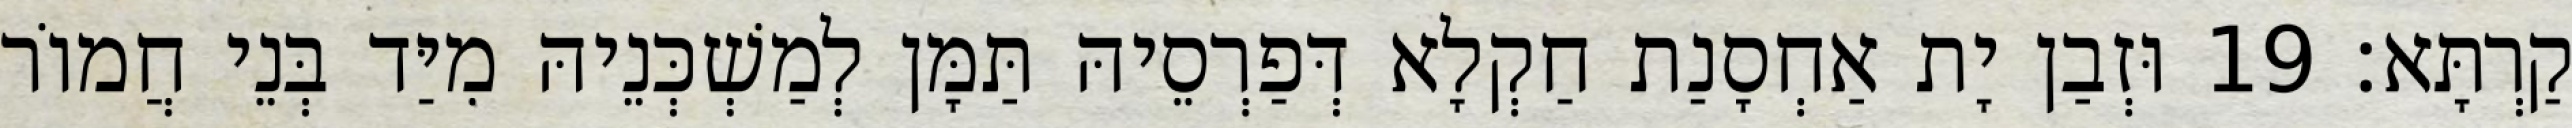
קַרְתָּא׃ 19 וּזְבַן יָת אַחְסָנַת חַקְלָא דְּפַרְסֵיהּ תַּמָּן לְמַשְׁכְּנֵיהּ מִיַּד בְּנֵי חֲמוֹר